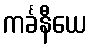
ကင်္ခနီယေ